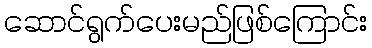
ဆောင်ရွက်ပေးမည်ဖြစ်ကြောင်း